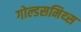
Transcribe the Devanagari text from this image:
गोल्डसमिथ्स